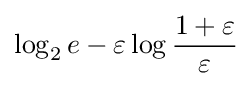
\log _{2}e-\varepsilon \log {\frac {1+\varepsilon }{\varepsilon }}